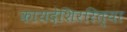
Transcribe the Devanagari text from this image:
कायदेशिररित्या